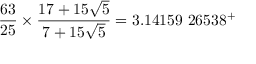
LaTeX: { \frac { 6 3 } { 2 5 } } \times { \frac { 1 7 + 1 5 { \sqrt { 5 } } } { 7 + 1 5 { \sqrt { 5 } } } } = 3 . 1 4 1 5 9 \ 2 6 5 3 8 ^ { + }